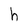
Character: h